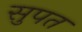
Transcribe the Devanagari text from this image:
सुपत